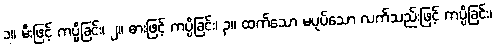
၁။ မီးဖြင့် ကပ္ပိခြင်း၊ ၂။ ဓားဖြင့် ကပ္ပိခြင်း၊ ၃။ ထက်သော မပုပ်သော လက်သည်းဖြင့် ကပ္ပိခြင်း၊